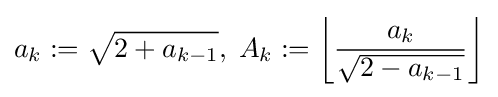
a_{k}:={\sqrt {2+a_{k-1}}},\;A_{k}:=\left\lfloor {\frac {a_{k}}{\sqrt {2-a_{k-1}}}}\right\rfloor